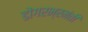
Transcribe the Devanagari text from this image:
डोंगरभ्रमंती